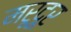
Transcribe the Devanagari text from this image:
मरूदूर